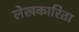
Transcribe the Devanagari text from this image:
लेखकारिता